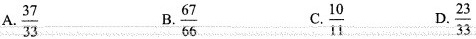
A.\frac{37}{33} B.\frac{67}{66} C.\frac{10}{11} D.\frac{23}{33}